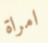
امراة